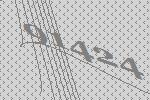
91424